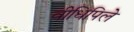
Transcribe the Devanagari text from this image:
वीधिपिले